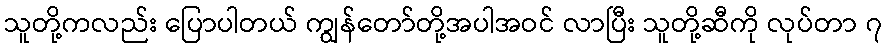
သူတို့ကလည်း ပြောပါတယ် ကျွန်တော်တို့အပါအဝင် လာပြီး သူတို့ဆီကို လုပ်တာ ၇